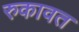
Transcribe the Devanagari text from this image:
रुकावत